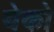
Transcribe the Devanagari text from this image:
येको